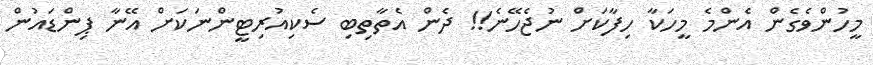
މީހުންވެގެން އެންމެ މީހަކާ ހިފާކަށް ނުޖެހޭނެ!! ދެން އެތާތިބި ސެކިއުރިޓީންނަކަށް އޭނާ ޕިންޑައުން